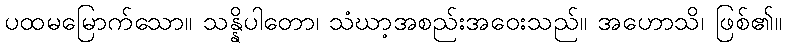
ပထမမြောက်သော။ သန္နိပါတော၊ သံဃာ့အစည်းအဝေးသည်။ အဟောသိ၊ ဖြစ်၏။